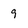
Character: 9